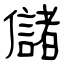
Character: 儲